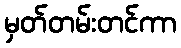
မှတ်တမ်းတင်ကာ